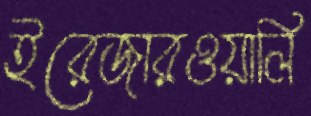
ইরেজারওয়ালি